NAE_ERA_R-2362_Emakeele_Selts, lk 21
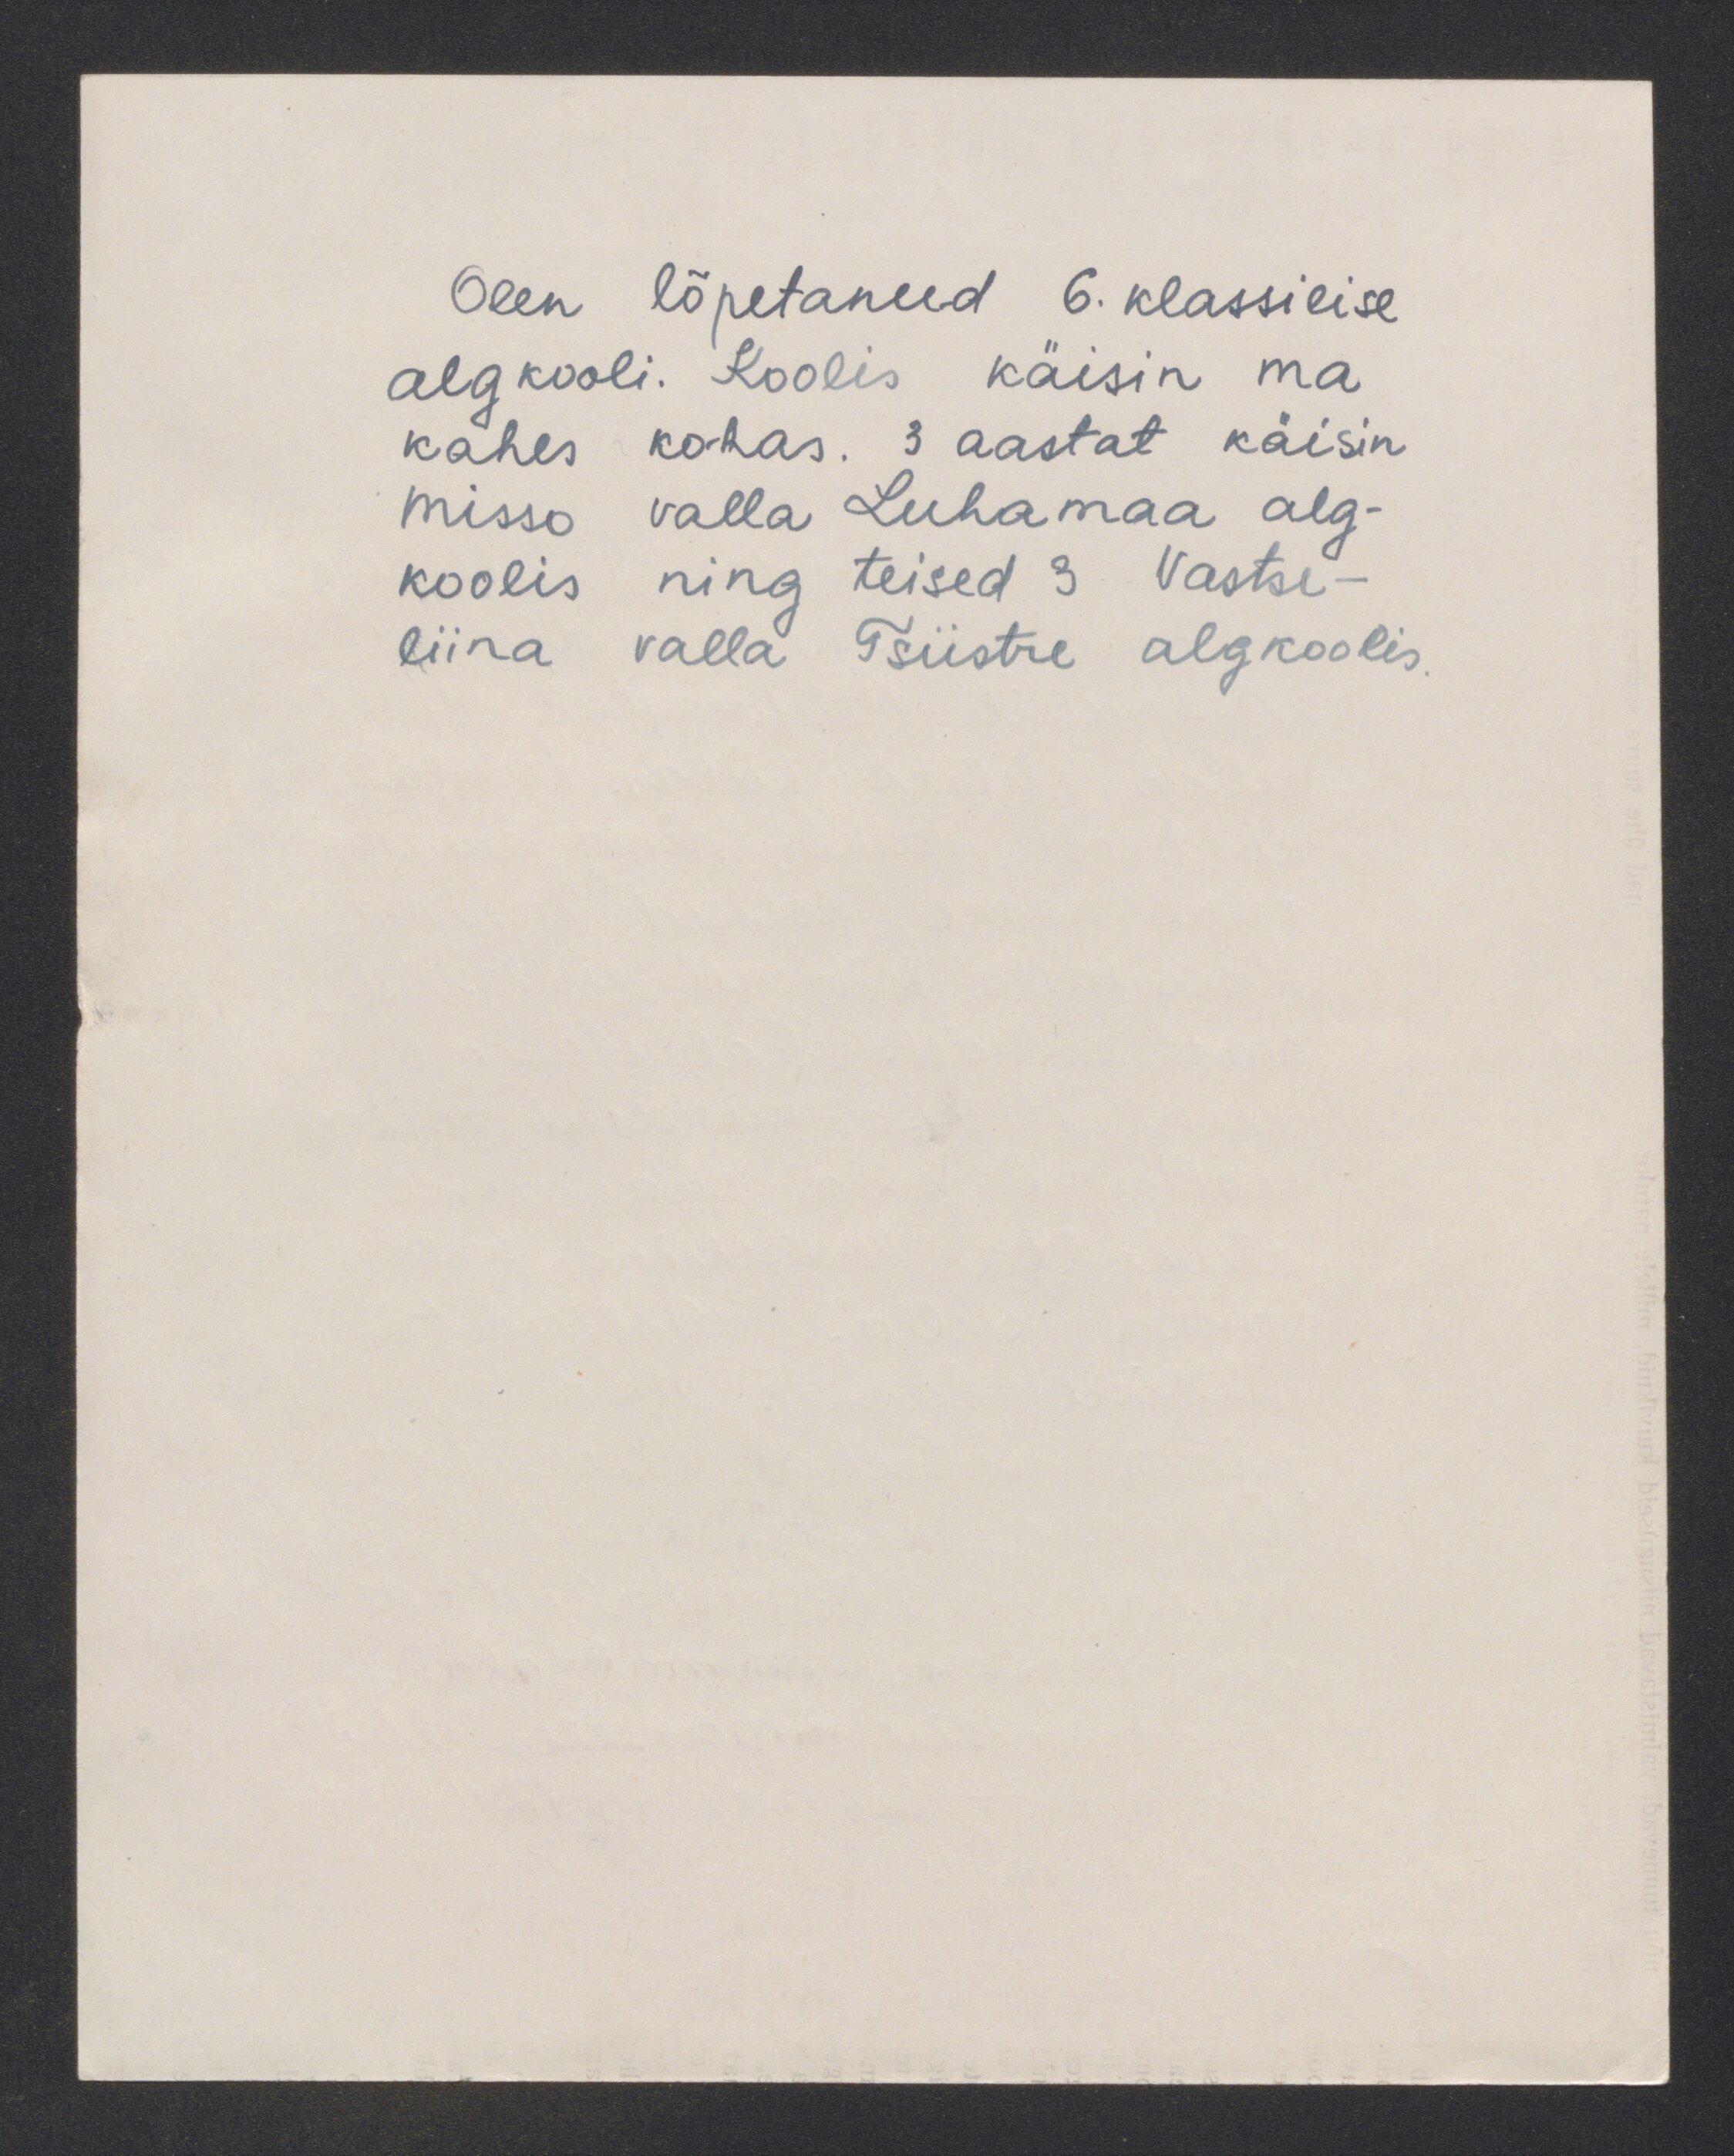
Olen lõpetanud 6. klassilise
algkooli. Koolis käisin ma
kahes kohas. 3 aastat käisin.
misso valla Luhamaa alg-
koolis ning teised 3 Vastse-
liina valla Tsiistre algkoolis.